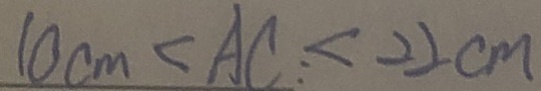
1 0 c m < A C : < 2 2 c m